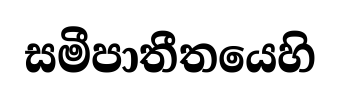
සමීපාතීතයෙහි